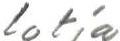
lotja